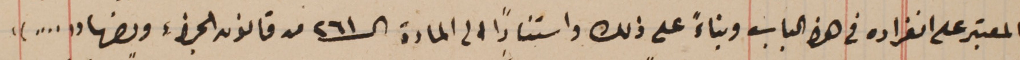
المعتبر على انفراده فى هذا الباب وبناءً على ذلك واستناداً الى المادة الـ٢٦١ من قانون الجزاءِ ونصها "...."